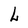
Character: L